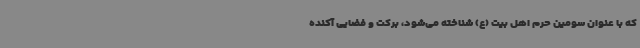
که با عنوان سومین حرم اهل بیت (ع) شناخته می‌شود، برکت و فضایی آکنده